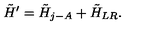
\tilde { H } ^ { \prime } = \tilde { H } _ { j - A } + \tilde { H } _ { L R } .